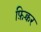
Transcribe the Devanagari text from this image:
फ़िक्चर